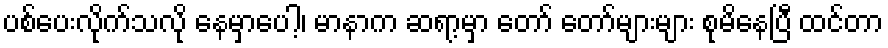
ပစ်ပေးလိုက်သလို နေမှာပေါ့၊ မာနာက ဆရာ့မှာ တော် တော်များများ စုမိနေပြီ ထင်တာ